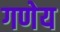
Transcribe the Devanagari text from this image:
गणेय